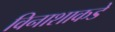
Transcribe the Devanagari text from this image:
विनाशाकडे